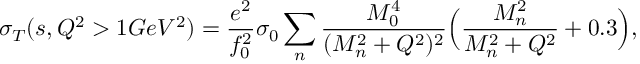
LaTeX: \sigma _ { T } ( s , Q ^ { 2 } > 1 G e V ^ { 2 } ) = \frac { e ^ { 2 } } { f _ { 0 } ^ { 2 } } \sigma _ { 0 } \sum _ { n } \frac { M _ { 0 } ^ { 4 } } { ( M _ { n } ^ { 2 } + Q ^ { 2 } ) ^ { 2 } } \Big ( \frac { M _ { n } ^ { 2 } } { M _ { n } ^ { 2 } + Q ^ { 2 } } + 0 . 3 \Big ) ,